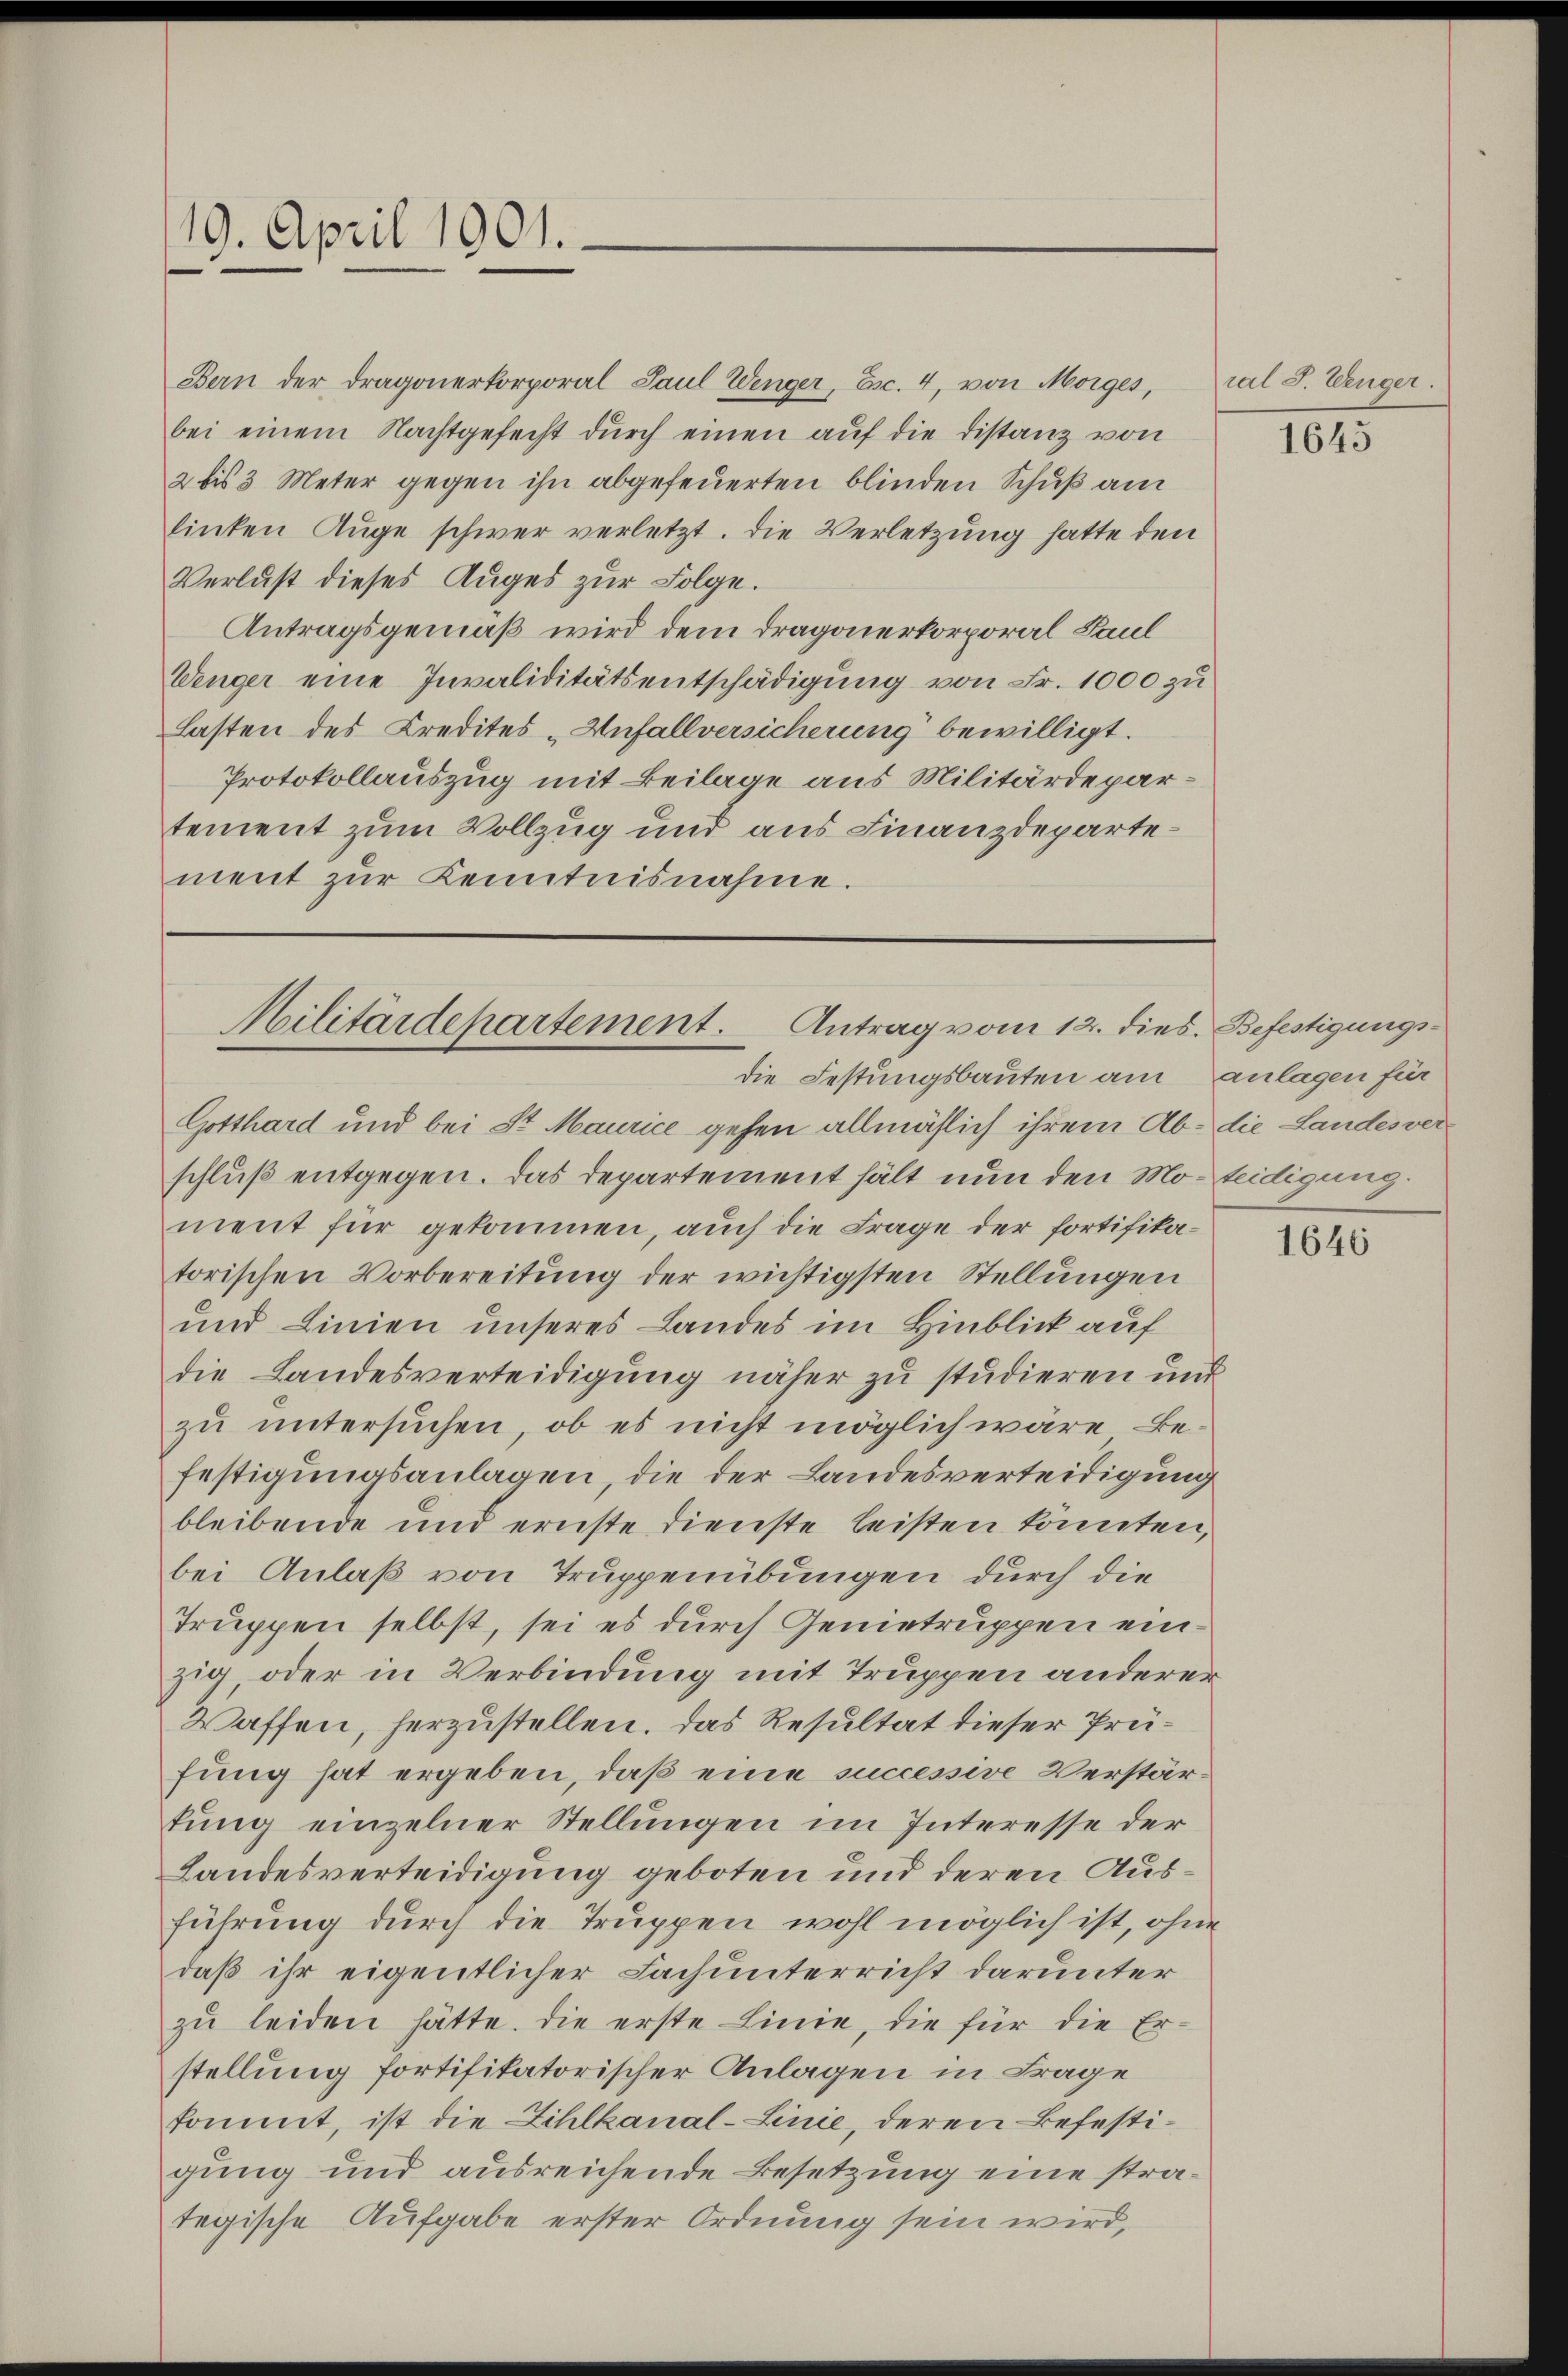
19. April 1901.

Bern der Dragonerkorporal Paul Wenger, Esc. 4, von Morges,
bei einem Nachtgefecht dŭrch einen auf die Distanz von
2 bis 3 Meter gegen ihn abgefeuerten blinden Schuß am
linken Auge schwer verletzt. Die Verletzung hatte den
Verlust dieses Auges zur Folge.
Antragsgemäß wird dem Tragonerkorporal Paul
Wenger eine Invaliditätsentschädigung von Fr. 1000 zu
Lasten des Kredites „Unfallversicherung bewilligt.
Protokollauszug mit Beilage aus Militärdepartement zum Vollzug und aus Finanzdeparte
ment zŭr Kenntnisnahme.

Militärdepartement. Antrag vom 12. dies. Befestigungsdie Festungsbauten am anlagen für

ral S. Wenger.

Gotthard und bei St. Maurice gehen allmählich ihrem Ab- die Landesverschluß entgegen. Das Departement hält nun den Mo-teidigung.
ment für gekommen, auch die Frage der fortifikatorischen Vorbereitung der wichtigsten Stellungen
und Linien unseres Landes im Hinblick auf
die Landesverteidigung näher zu studieren und
zu untersuchen, ob es nicht möglich wäre Befestigungsanlagen, die der Landesverteidigung
bleibende und ernste Dienste leisten könnten,
bei Anlaß von Truppenübungen durch die
Truppen selbst, sei es durch Genietruppen einzig oder in Verbindung mit Truppen anderer
Waffen, herzustellen. Das Resultat dieser Prüfung hat ergeben, daß eine successive Verstärtung einzelner Stellungen im Interesse der
Landesverteidigung geboten und deren Ausführung durch die Truppen wohl möglich ist, ohne
daß ihr eigentlicher Fach unterricht darunter
zŭ leiden hätte. Die erste Linie, die für die Erstellung fortifikatorischer Anlagen in Frage
kommt, ist die Zihlkanal-Linie, deren Befestigung und ausreichende Besetzung eine strategische Aufgabe erster Ordnung sein wird,

1645

1646